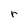
Character: r